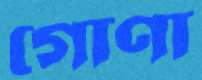
গোণা